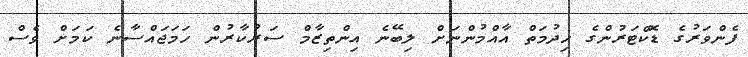
ފެންވަރުގެ ޑޮކްޓަރުންގެ ހިދުމަތް އާއްމުންނަށް ލިބޭނެ އިންތިޒާމް ސަރުކާރުން ހަމަޖައްސާނެ ކަމަށް ވެސް